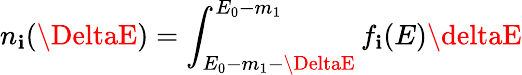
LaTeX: n_{\mathbf{i}}(\DeltaE)=\int_{E_{0}-m_{1}-\DeltaE}^{E_{0}-m_{1}}f_{\mathbf{i}}(E)\deltaE